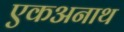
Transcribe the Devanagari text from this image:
एकअनाथ